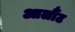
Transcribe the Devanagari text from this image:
आर्लौट